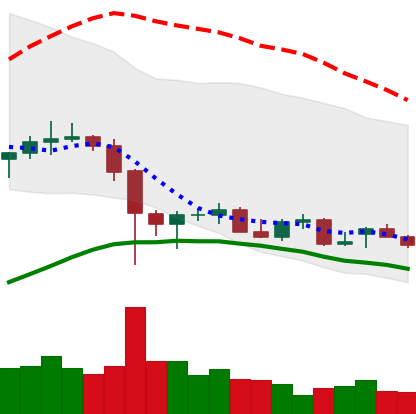
Ticker: LTC-USD
Chart end date: 2021-12-17
Forward return: 7.71%
Label: up_7plus